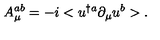
A _ { \mu } ^ { a b } = - i < u ^ { \dagger a } \partial _ { \mu } u ^ { b } > .